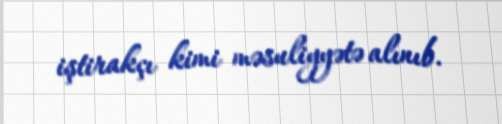
iştirakçı kimi məsuliyyətə alınıb.